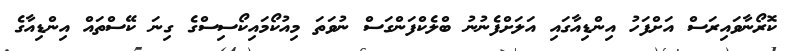
ކޮރޯނާވައިރަސް އަށްފަހު އިންޑިއާގައި އަލަށްފެނުނު ބްލެކްފަންގަސް ނުވަތަ މިއުކޯމައިކޯސިސްގެ ގިނަ ކޭސްތައް އިންޑިއާގެ